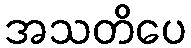
အသတိပေ